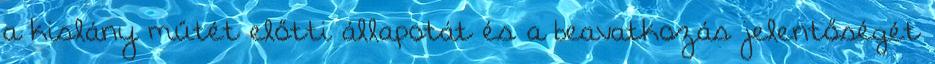
a kislány műtét előtti állapotát és a beavatkozás jelentőségét